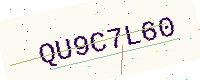
Text: QU9C7L60